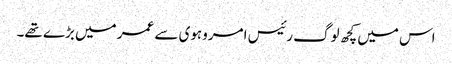
اس میں کچھ لوگ رئیس امروہوی سے عمر میں بڑے تھے۔